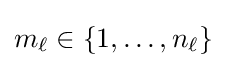
m_{\ell }\in \{1,\ldots ,n_{\ell }\}